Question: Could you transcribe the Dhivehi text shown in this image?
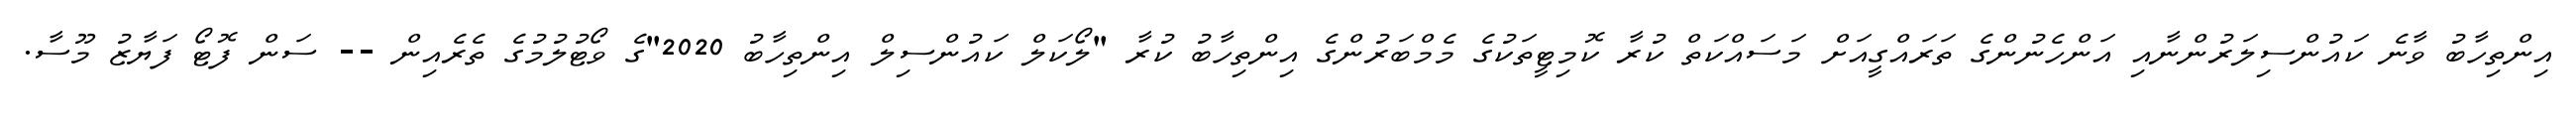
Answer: އިންތިހާބު ވާނެ ކައުންސިލަރުންނާއި އަންހެނުންގެ ތަރައްގީއަށް މަސައްކަތް ކުރާ ކޮމިޓީތަކުގެ މެމްބަރުންގެ އިންތިހާބު ކުރާ "ލޯކަލް ކައުންސިލް އިންތިހާބު 2020"ގެ ވޯޓުލުމުގެ ތެރެއިން -- ސަން ފޮޓޯ ފަޔާޒު މޫސާ.